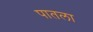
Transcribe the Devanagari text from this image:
पातला